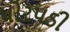
ધોરપડી